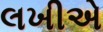
લખીએ